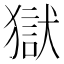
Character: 獄